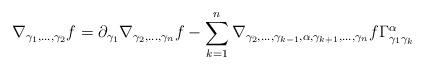
LaTeX: \begin{align*}\nabla_{\gamma_1,\ldots,\gamma_2} f = \partial_{\gamma_1} \nabla_{\gamma_2,\ldots,\gamma_n} f - \sum_{k = 1}^n \nabla_{\gamma_2, \ldots, \gamma_{k-1},\alpha,\gamma_{k+1},\ldots,\gamma_n} f \Gamma^\alpha_{\gamma_1\gamma_k}\end{align*}